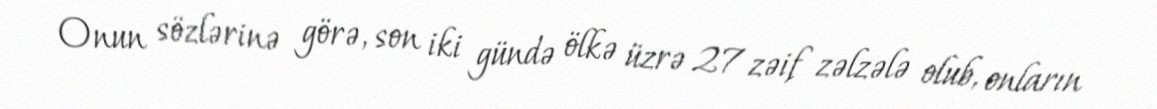
Onun sözlərinə görə, son iki gündə ölkə üzrə 27 zəif zəlzələ olub, onların